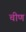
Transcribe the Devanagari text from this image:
चीण